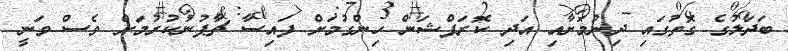
ބަދަލުގެ ގޮތުގައި ދިނުމަށާއި އަދި ކޮރަޕްޝަން ހިންގުމަށް ފައިސާ ޗާޕުނުކުރުމަށް ވެސް ވަނީ